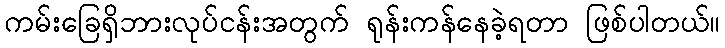
ကမ်းခြေရှိဘားလုပ်ငန်းအတွက် ရုန်းကန်နေခဲ့ရတာ ဖြစ်ပါတယ်။